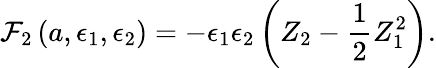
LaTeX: {\cal F}_{2}\left(a,\epsilon_{1},\epsilon_{2}\right)=-\epsilon_{1}\epsilon_{2}\left(Z_{2}-\frac{1}{2}Z_{1}^{2}\right).